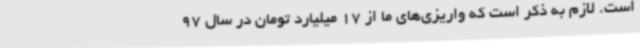
است. لازم به ذکر است که واریزی‌های ما از 17 میلیارد تومان در سال 97